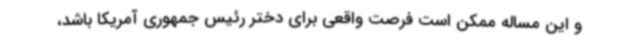
و این مساله ممکن است فرصت واقعی برای دختر رئیس جمهوری آمریکا باشد،